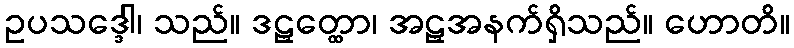
ဥပသဒ္ဒေါ၊ သည်။ ဒဠှတ္ထော၊ အဠှအနက်ရှိသည်။ ဟောတိ။